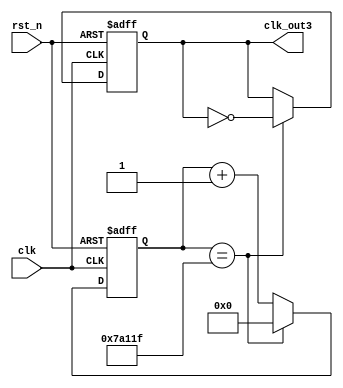
`timescale 1ns / 1ps
//////////////////////////////////////////////////////////////////////////////////
// Company: 
// Engineer: 
// 
// Design Name: 
// Module Name: fre_divider3
// Project Name: 
// Target Devices: 
// Tool Versions: 
// Description: 
// 
// Dependencies: 
// 
// Revision:
// Revision 0.01 - File Created
// Additional Comments:
// 
//////////////////////////////////////////////////////////////////////////////////


module fre_divider3(clk, rst_n, clk_out3);
    
input clk;
input rst_n;
output clk_out3;

reg clk_out3;
reg [19:0] counter;

always@(posedge clk or negedge rst_n)
    begin
        if(~rst_n) begin
            counter <= 20'd0;
            clk_out3 <= 1'b0;
        end
        else begin 
            counter <= counter + 20'd1;
            if(counter == 20'd500000 - 20'd1) begin
                clk_out3 <= ~clk_out3;
                counter <= 20'd0;
            end
        end
    end
    
    
endmodule